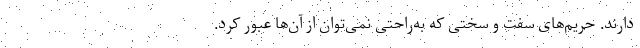
دارند. حریم‌های سفت و سختی که به‌راحتی نمی‌توان از آن‌ها عبور کرد.